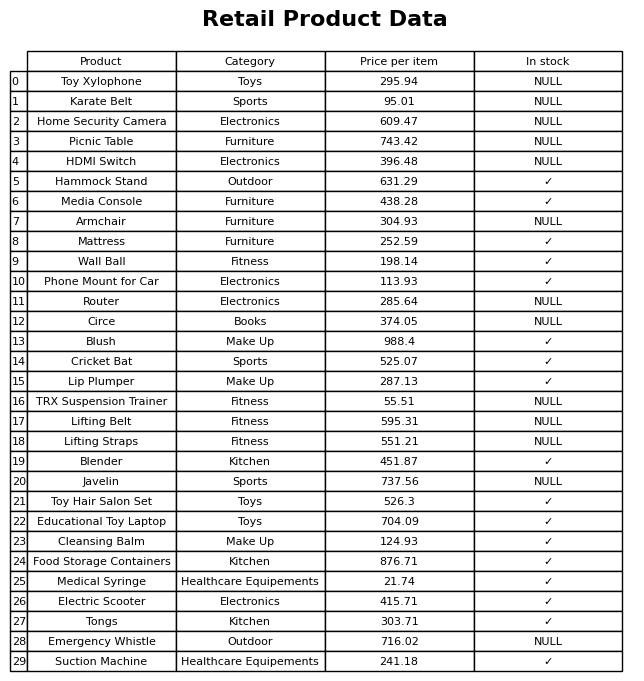
question: What is the price of the Hammock Stand?
answer: The price of Hammock Stand is 631.29.